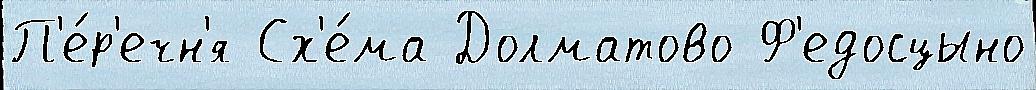
П'е́р'ечн'я Сх'е́ма Долматово Ф'едосцыно